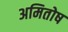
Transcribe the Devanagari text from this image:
अमितोष